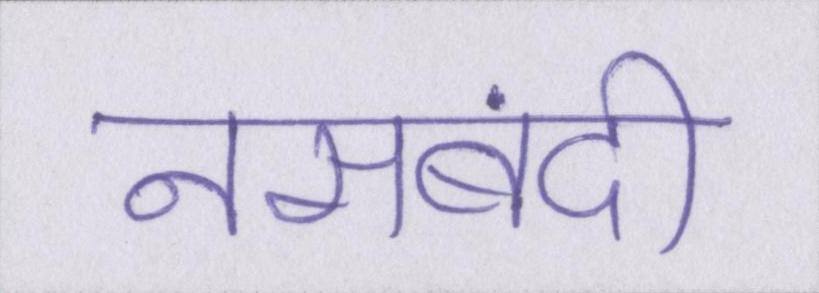
नसबंदी